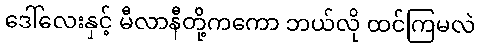
ဒေါ်လေးနှင့် မီလာနီတို့ကကော ဘယ်လို ထင်ကြမလဲ